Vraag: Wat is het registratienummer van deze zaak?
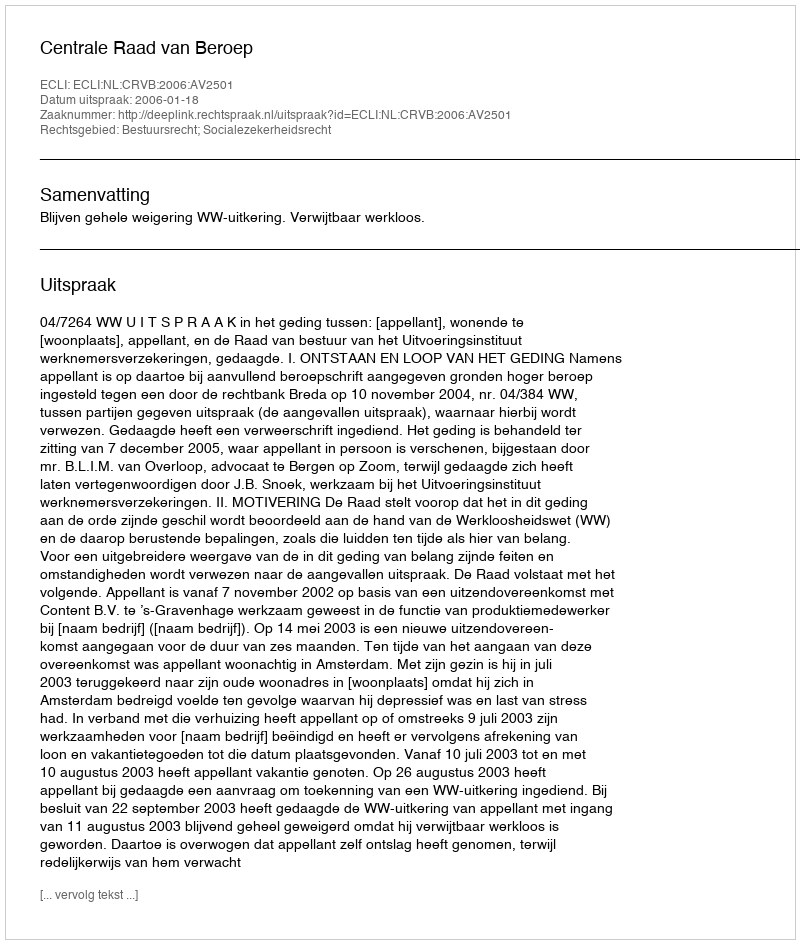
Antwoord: http://deeplink.rechtspraak.nl/uitspraak?id=ECLI:NL:CRVB:2006:AV2501